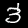
Digit: 3